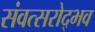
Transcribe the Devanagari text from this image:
संवत्सरोद्भव